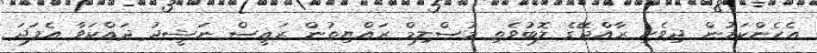
އެހެންކަމުން ދިވެހި ރާއްޖޭގެ ލޮބުވެތި މުސްލިމް ރައްޔިތުން ރައީސް ނަޝީދު ދައްކަވާ އެފަދަ